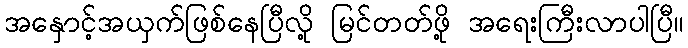
အနှောင့်အယှက်ဖြစ်နေပြီလို့ မြင်တတ်ဖို့ အရေးကြီးလာပါပြီ။